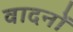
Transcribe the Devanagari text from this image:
वादनों